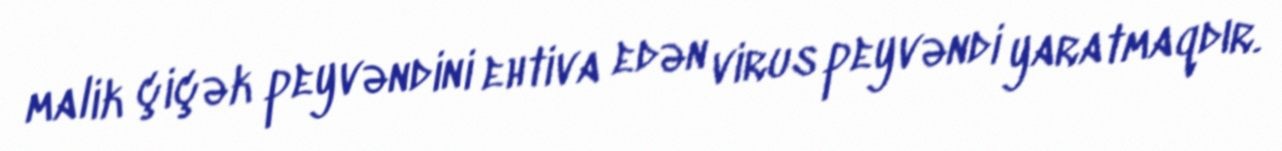
malik çiçək peyvəndini ehtiva edən virus peyvəndi yaratmaqdır.